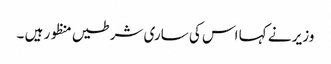
وزیر نے کہا اس کی ساری شرطیں منظور ہیں ۔